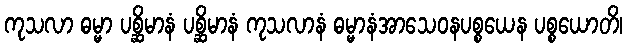
ကုသလာ ဓမ္မာ ပစ္ဆိမာနံ ပစ္ဆိမာနံ ကုသလာနံ ဓမ္မာနံအာသေဝနပစ္စယေန ပစ္စယောတိ၊